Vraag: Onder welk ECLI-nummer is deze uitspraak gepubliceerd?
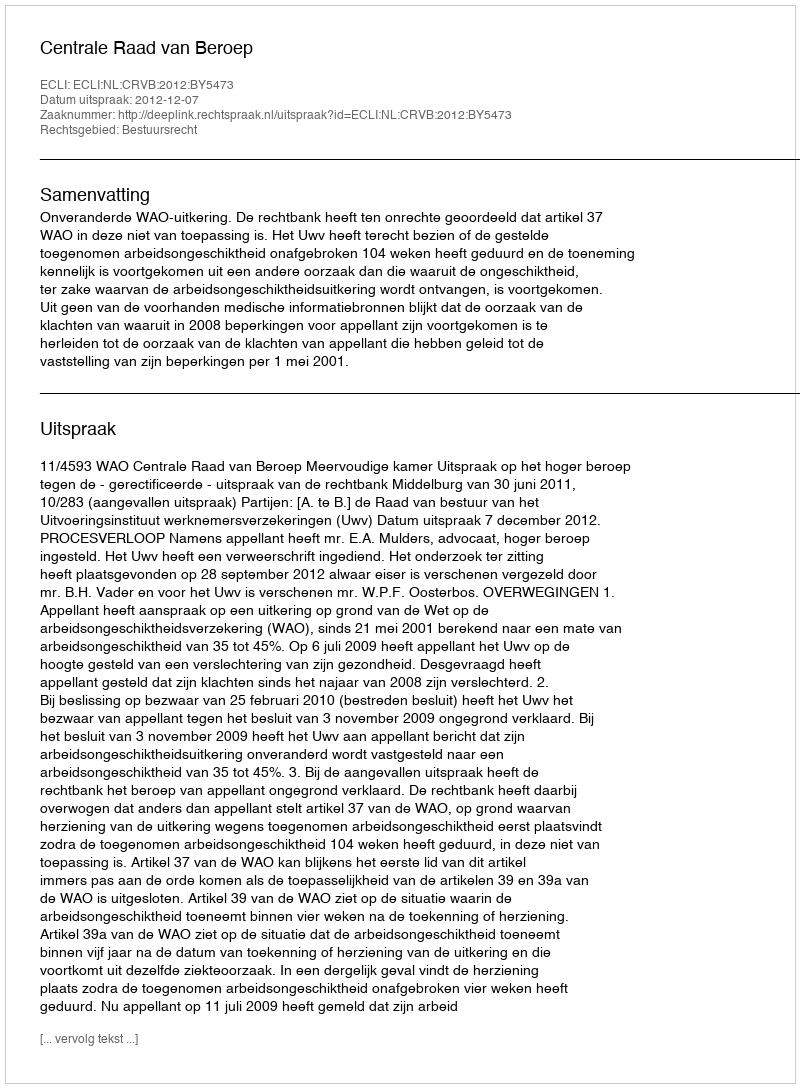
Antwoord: ECLI:NL:CRVB:2012:BY5473